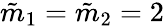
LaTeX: \tilde{m}_{1}=\tilde{m}_{2}=2